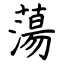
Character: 蕩